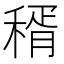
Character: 稰